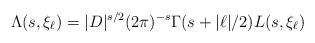
LaTeX: \begin{align*}\Lambda(s,\xi_{\ell}) = |D|^{s/2} (2 \pi)^{-s} \Gamma(s + |\ell|/2) L(s,\xi_{\ell})\end{align*}